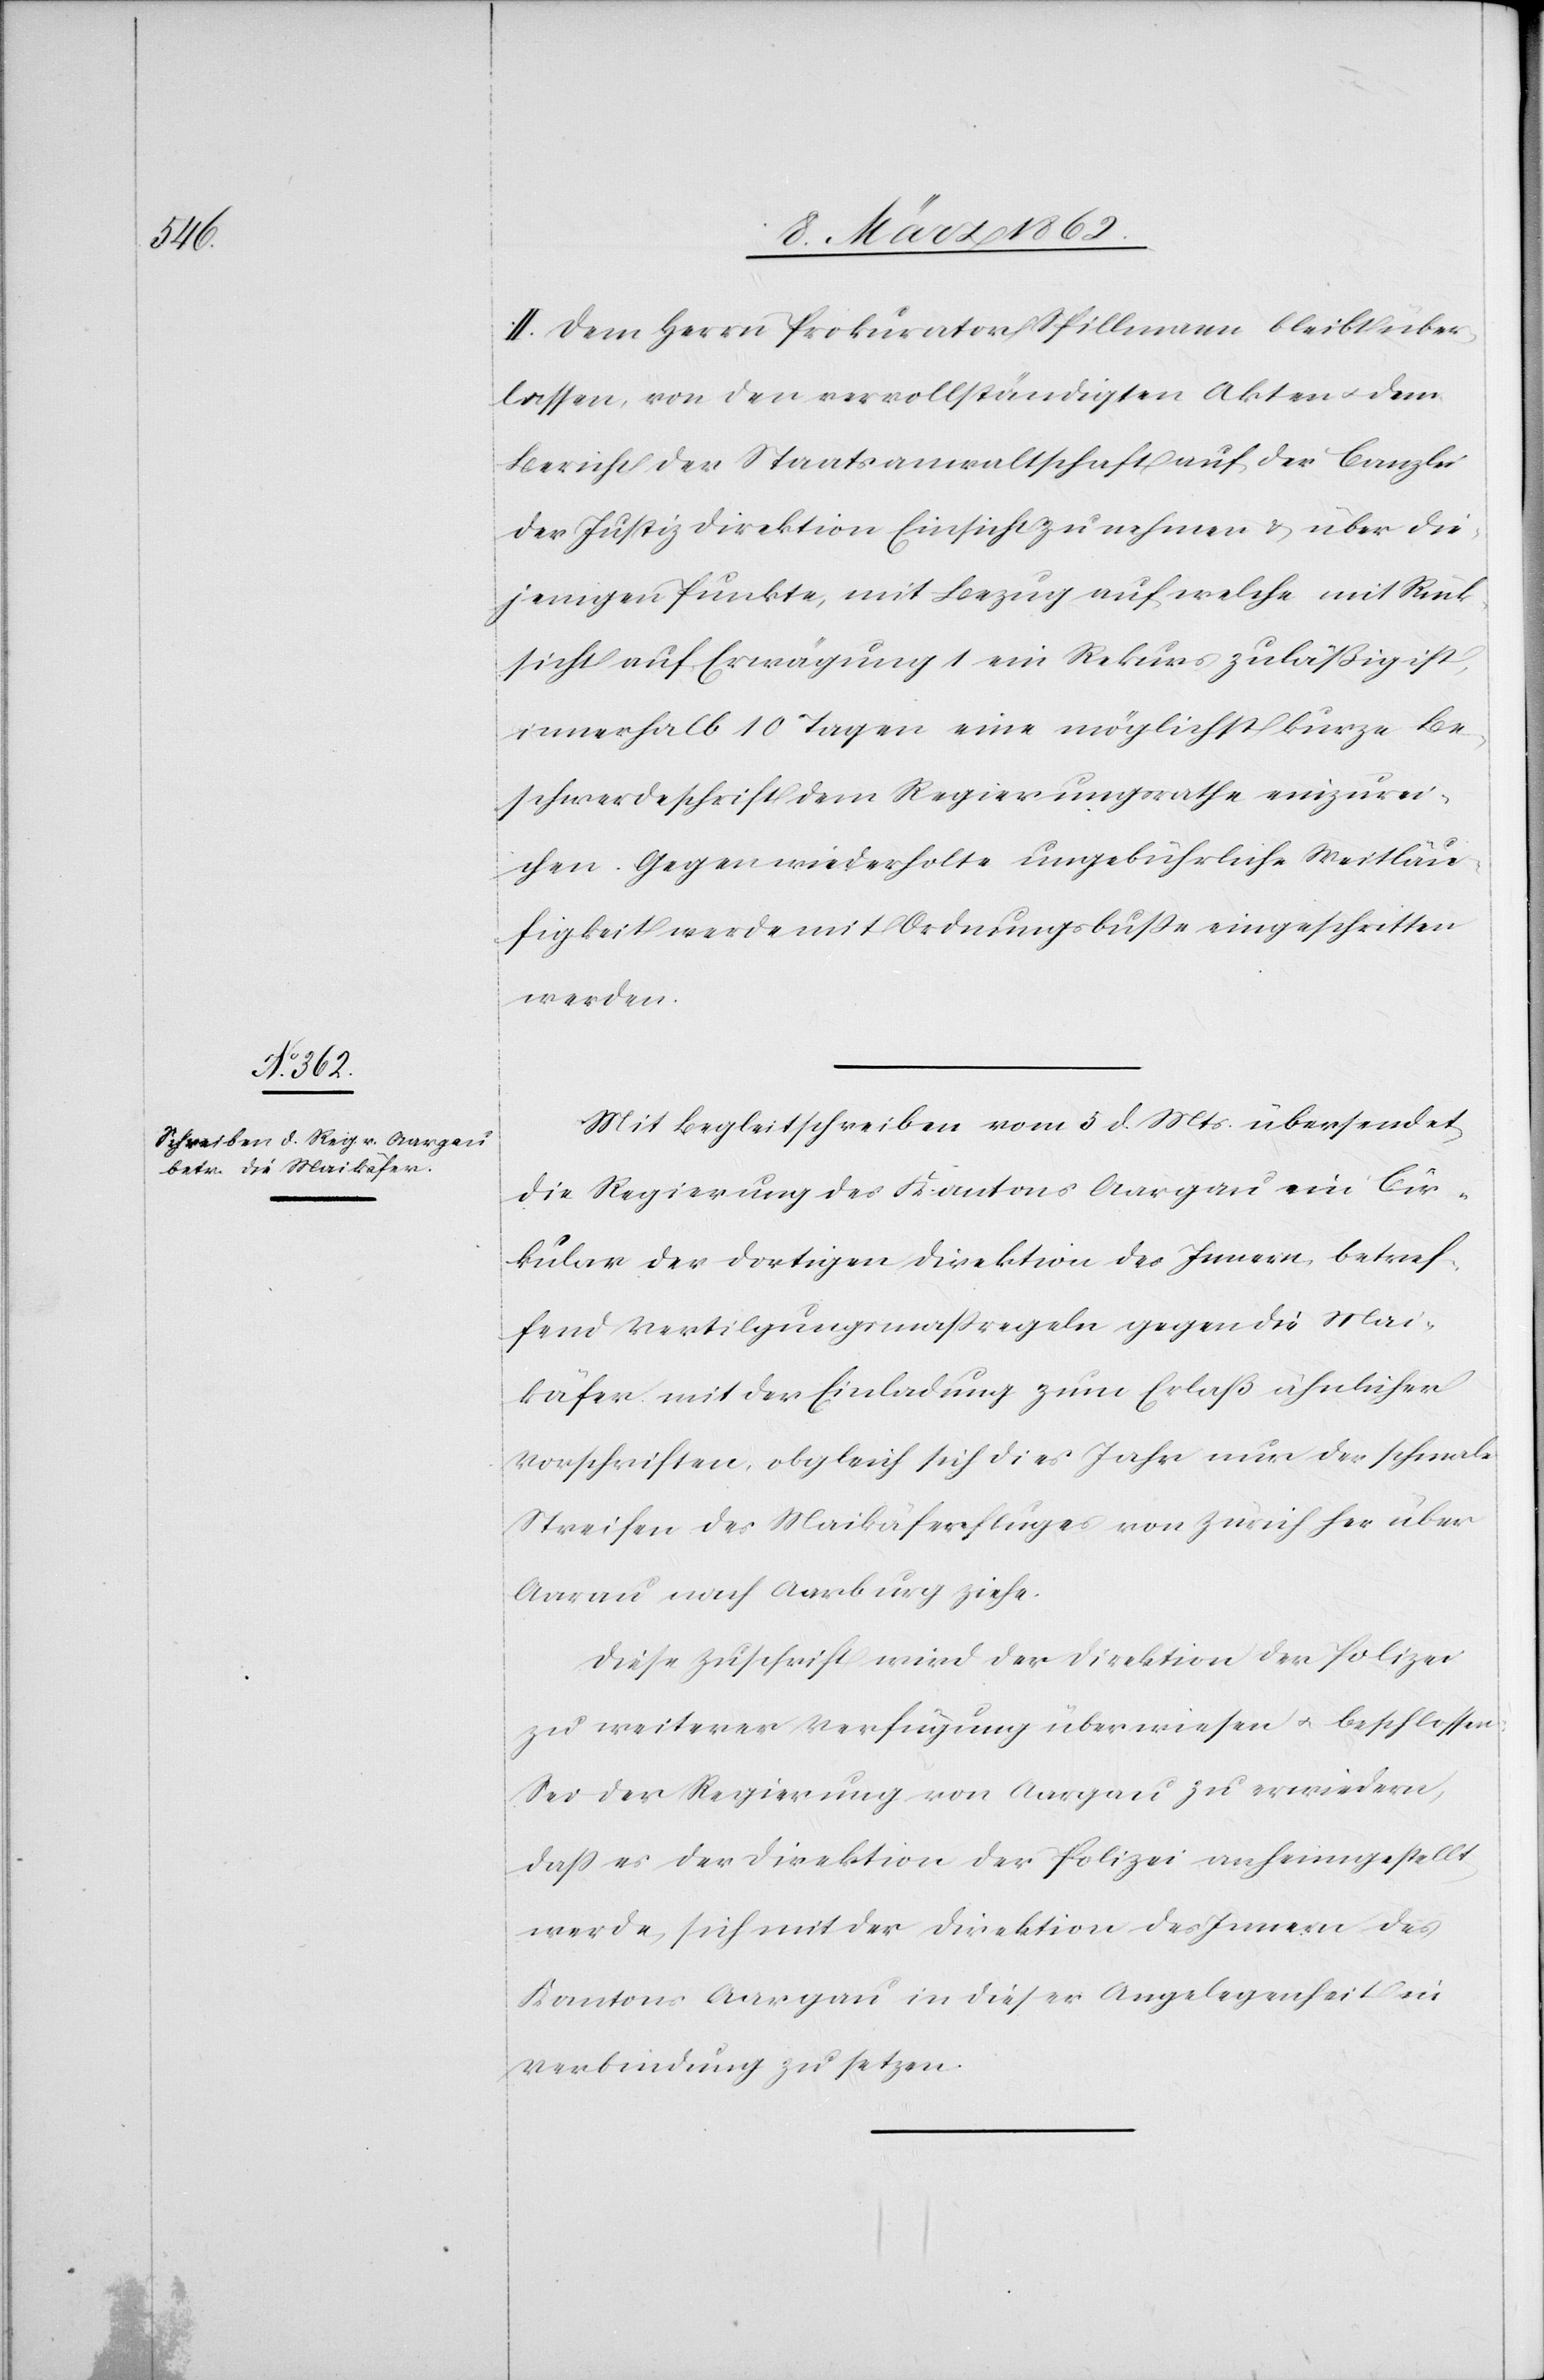
II. Dem Herrn Prokurator Spillmann bleibt über¬
lassen, von den vervollständigten Akten u. dem
Bericht der Staatsanwaltschaft auf der Canzlei
der Justizdirektion Einsicht zu nehmen & über die¬
jenigen Punkte, mit Bezug auf welche mit Rück¬
sicht auf Erwägung 1 ein Rekurs zuläßig ist,
innerhalb 10 Tagen eine möglichst kurze Be¬
schwerdeschrift dem Regierungsrathe einzurei¬
chen. Gegen wiederholte ungebührliche Weitläu¬
figkeit werde mit Ordnungsbuße eingeschritten
werden.
Mit Begleitschreiben vom 5 d. Mts. übersendet
die Regierung des Kantons Aargau ein Cir¬
kular der dortigen Direktion des Innern betref¬
fend Vertilgungsmaßregeln gegen die Mai¬
käfer mit der Einladung zum Erlaß ähnlicher
Vorschriften, obgleich sich dies Jahr nur der schmale
Streifen des Maikäferfluges von Zürich her über
Aarau nach Aarburg ziehe.
Diese Zuschrift wird der Direktion der Polizei
zu weiterer Verfügung überwiesen u. beschlossen:
Sei der Regierung von Aargau zu erwiedern,
daß es der Direktion der Polizei anheimgestellt
werde, sich mit der Direktion des Innern des
Kantons Aargau in dieser Angelegenheit in
Verbindung zu setzen.